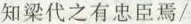
知梁代之有忠臣焉/